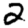
Digit: 2